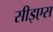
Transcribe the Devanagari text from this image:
सीइएस